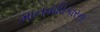
માનવાધિકારના